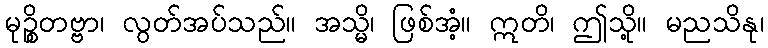
မုဉ္စိတဗ္ဗာ၊ လွတ်အပ်သည်။ အသ္မိ၊ ဖြစ်အံ့။ ဣတိ၊ ဤသို့။ မညသိနု၊